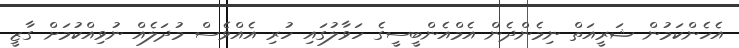
އެހެންކަމުން ޝަރީއަތް ނިމެންދެން އެމްއެންބީސީގެ ހަވާލުގައި ހުރި އެއްވެސް މުދަލެއް ނުވިއްކުމަށް ގާޒީ